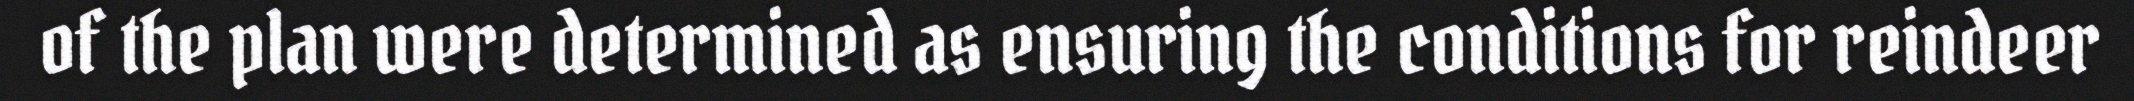
of the plan were determined as ensuring the conditions for reindeer